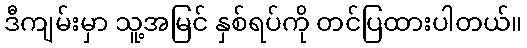
ဒီကျမ်းမှာ သူ့အမြင် နှစ်ရပ်ကို တင်ပြထားပါတယ်။